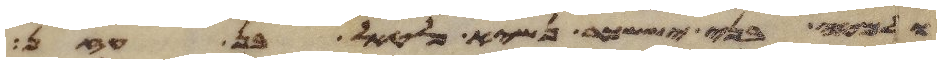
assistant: ולמטה בני יששכר נשיא פלטאל בן עזן